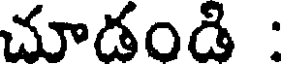
చూడండి :